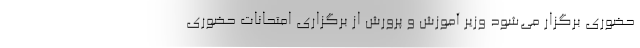
حضوری برگزار می‌شود وزیر آموزش و پرورش از برگزاری امتحانات حضوری